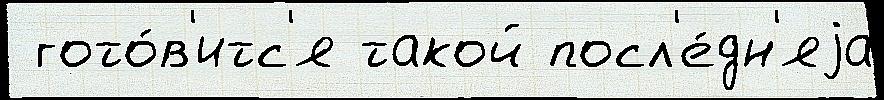
 гото́в'итс'я такой посл'е́дн'яjа